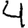
Digit: 4